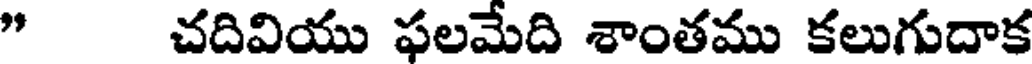
" చదివియు ఫలమేది శాంతము కలుగుదాక